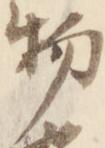
物